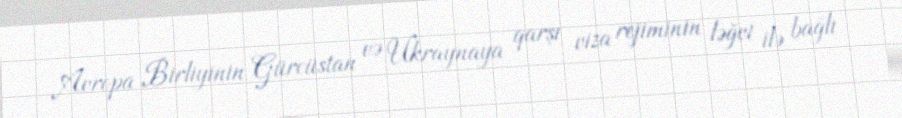
Avropa Birliyinin Gürcüstan və Ukraynaya qarşı viza rejiminin ləğvi ilə bağlı